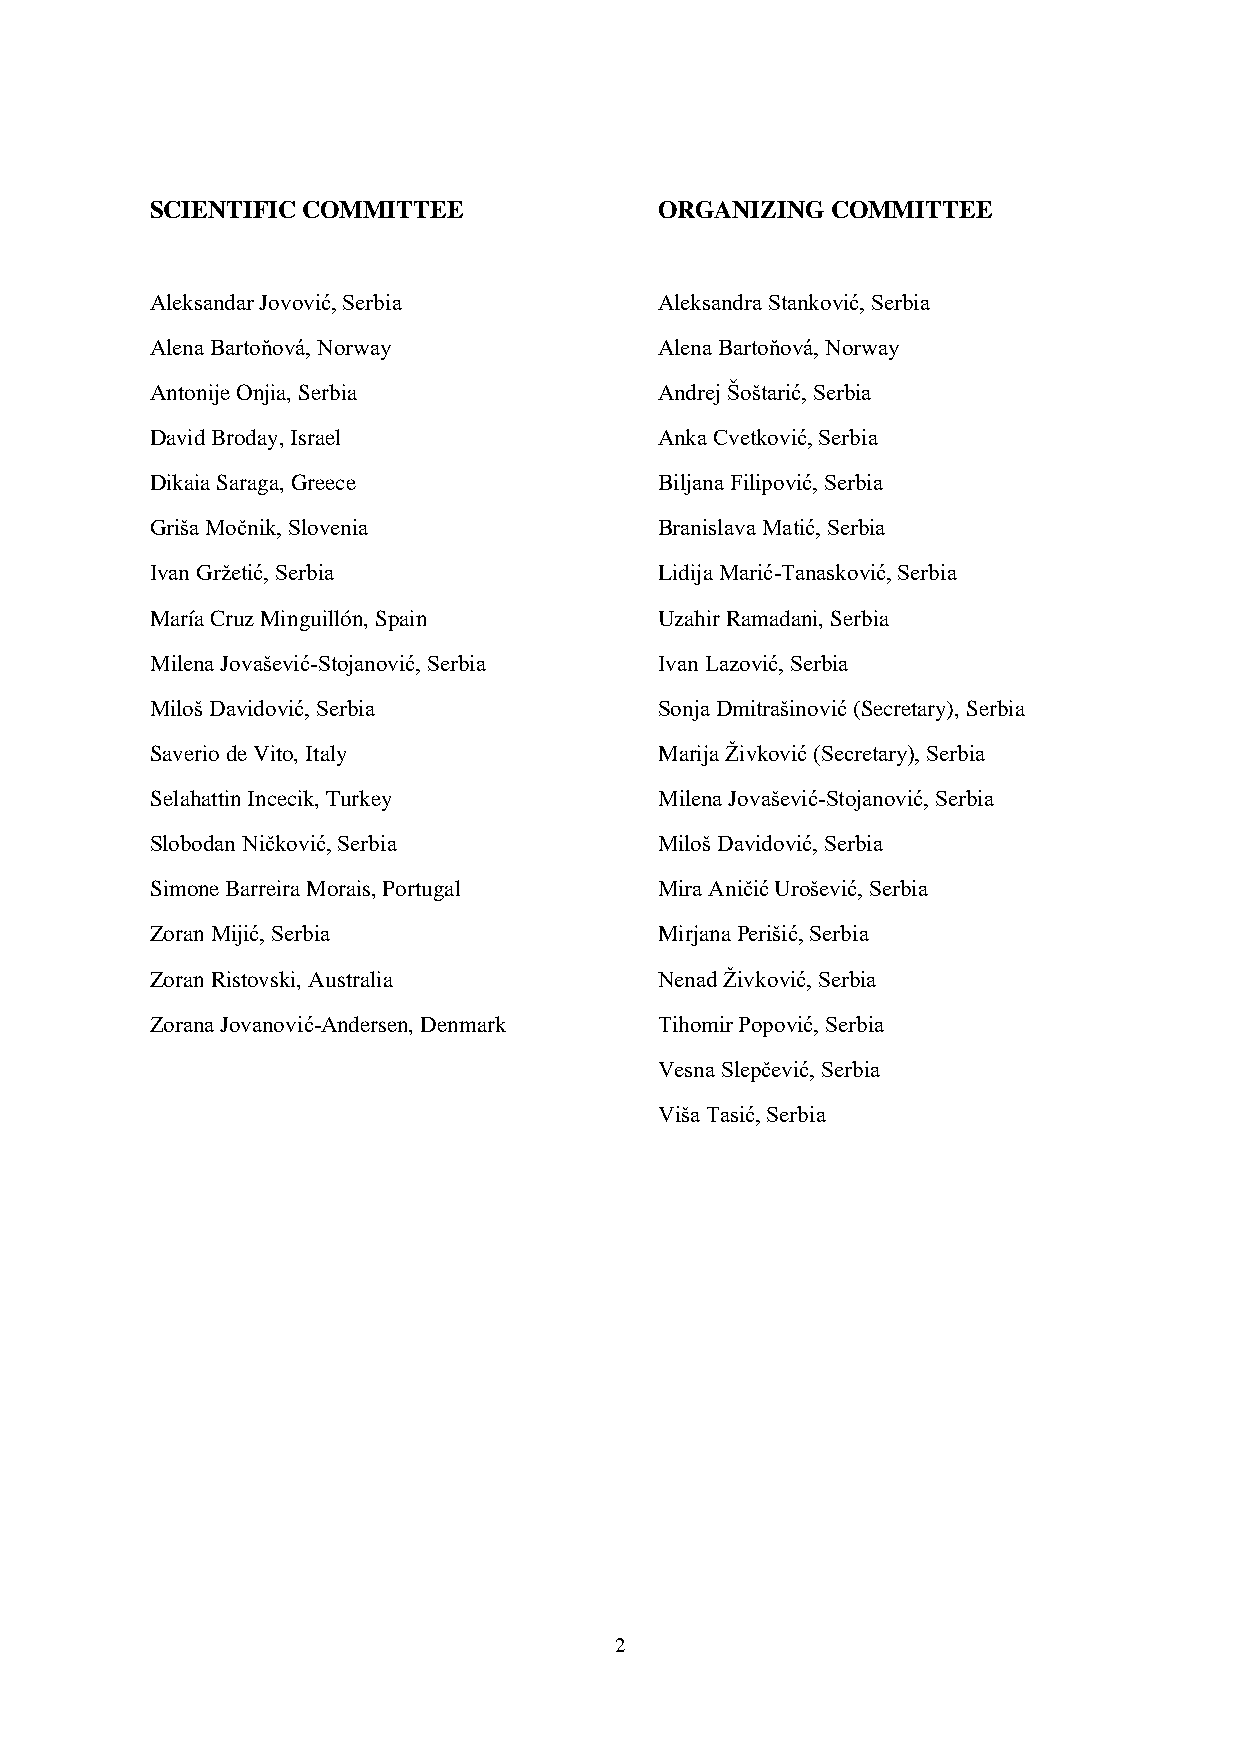
SCIENTIFIC COMMITTEE              ORGANIZING COMMITTEE
 Aleksandar Jovović, Serbia        Aleksandra Stanković, Serbia
 Alena Bartoňová, Norway           Alena Bartoňová, Norway
 Antonije Onjia, Serbia            Andrej Šoštarić, Serbia
 David Broday, Israel              Anka Cvetković, Serbia
 Dikaia Saraga, Greece             Biljana Filipović, Serbia
 Griša Močnik, Slovenia            Branislava Matić, Serbia
 Ivan Gržetić, Serbia              Lidija Marić-Tanasković, Serbia
 María Cruz Minguillón, Spain      Uzahir Ramadani, Serbia
 Milena Jovašević-Stojanović, Serbia Ivan Lazović, Serbia
 Miloš Davidović, Serbia           Sonja Dmitrašinović (Secretary), Serbia
 Saverio de Vito, Italy            Marija Živković (Secretary), Serbia
 Selahattin Incecik, Turkey        Milena Jovašević-Stojanović, Serbia
 Slobodan Ničković, Serbia         Miloš Davidović, Serbia
 Simone Barreira Morais, Portugal  Mira Aničić Urošević, Serbia
 Zoran Mijić, Serbia               Mirjana Perišić, Serbia
 Zoran Ristovski, Australia        Nenad Živković, Serbia
 Zorana Jovanović-Andersen, Denmark Tihomir Popović, Serbia
 Vesna Slepčević, Serbia
 Viša Tasić, Serbia
 2